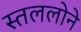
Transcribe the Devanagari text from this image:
स्तललोने